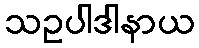
သဥပါဒါနာယ